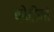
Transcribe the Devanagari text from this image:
कोटीनां